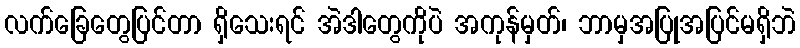
လက်ခြေတွေပြင်တာ ရှိသေးရင် အဲဒါတွေကိုပဲ အကုန်မှတ်၊ ဘာမှအပြုအပြင်မရှိဘဲ